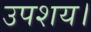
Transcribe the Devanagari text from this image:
उपशय।